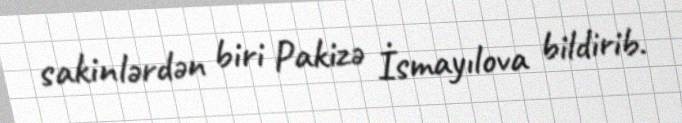
sakinlərdən biri Pakizə İsmayılova bildirib.